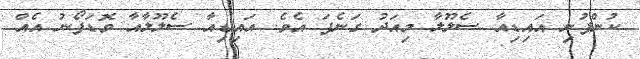
ކުންފުނި އައިޑިއާ ސެލޫލާ މިއަދު ގަނެފަ އެވެ. އައިޑިއާ ސެލޫލާއާ ވޮޑަފޯނު އެއް